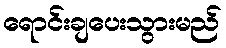
ရောင်းချပေးသွားမည်